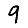
Digit: 9